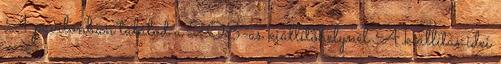
A pavilonban találod a 208-as kiállítóhelynél A kiállítás idei